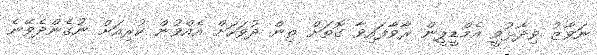
ނަވާޒު ވިދާޅުވީ އެމްޑީޕީން ރާވާފައިވާ ގޮތަށް ތިން ދުވަހަށް އެއްވުން ކުރިއަށް ނުގެންދެވޭނެ